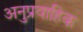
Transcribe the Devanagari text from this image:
अनुप्रवाहिक